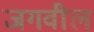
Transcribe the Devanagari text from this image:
जगवील